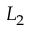
L _ { 2 }